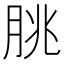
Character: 脁